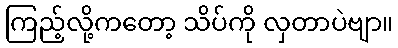
ကြည့်လို့ကတော့ သိပ်ကို လှတာပဲဗျာ။